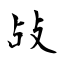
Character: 敁